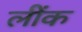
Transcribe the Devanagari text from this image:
लींक